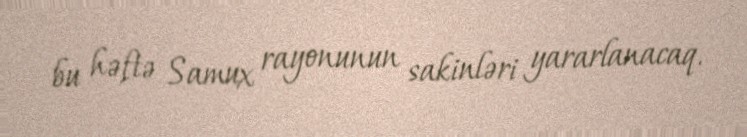
bu həftə Samux rayonunun sakinləri yararlanacaq.